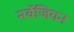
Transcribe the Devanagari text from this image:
नर्वेजियन